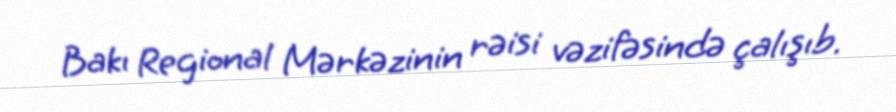
Bakı Regional Mərkəzinin rəisi vəzifəsində çalışıb.